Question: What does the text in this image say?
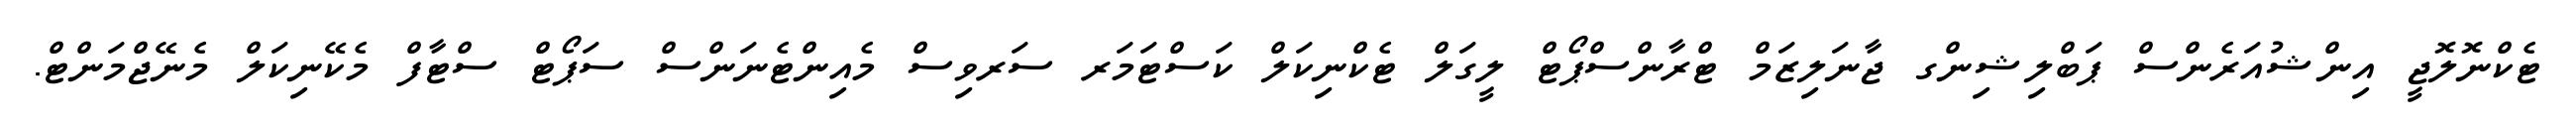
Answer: ޓެކްނޮލޮޖީ އިންޝުއަރެންސް ޕަބްލިޝިންގ ޖާނަލިޒަމް ޓްރާންސްޕޯޓް ލީގަލް ޓެކްނިކަލް ކަސްޓަމަރ ސަރވިސް މެއިންޓެނަންސް ސަޕޯޓް ސްޓާފް މެކޭނިކަލް މެނޭޖްމަންޓް.